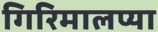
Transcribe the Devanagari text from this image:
गिरिमालप्या